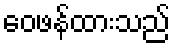
ဝေဖန်ထားသည်